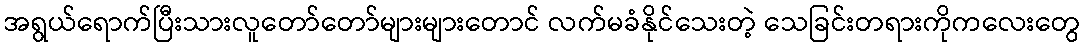
အရွယ်ရောက်ပြီးသားလူတော်တော်များများတောင် လက်မခံနိုင်သေးတဲ့ သေခြင်းတရားကိုကလေးတွေ